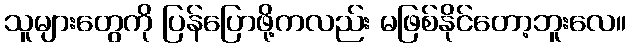
သူများတွေကို ပြန်ပြောဖို့ကလည်း မဖြစ်နိုင်တော့ဘူးလေ။